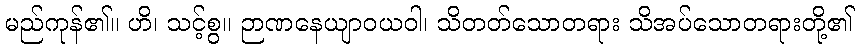
မည်ကုန်၏။ ဟိ၊ သင့်စွ။ ဉာဏနေယျာဝယဝါ၊ သိတတ်သောတရား သိအပ်သောတရားတို့၏